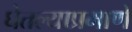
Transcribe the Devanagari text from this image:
घेतल्याप्रमाणे